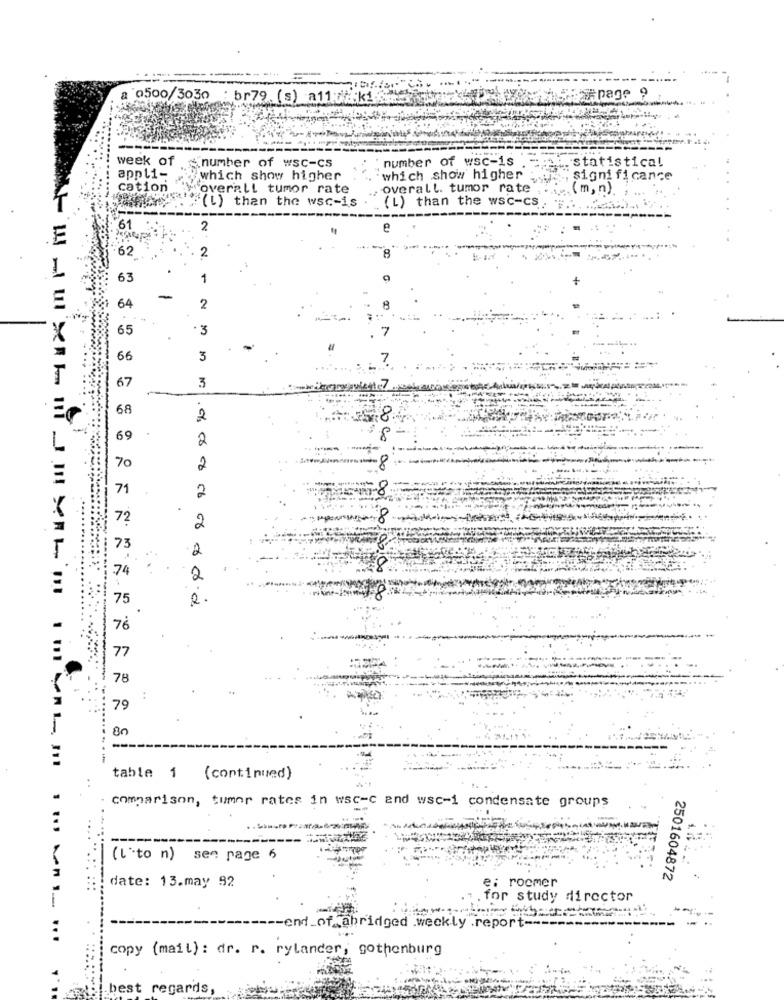
0500/3030
: br79. (s) a11 dick1.
week of
number of wsc-is
statistical
number of wsc-cs
appli-
which show higher
which show higher
significance
cation
overall tumor rate
overall. tumor rate
( m, n)
(L) than the wsc-is
(L) than the wsc-cs
61
2
E
62
2
63
1
64
2
65
3
66
3
67
3
68
2
69
2
70
2
71
2
72
2
73
2
74
1 00 00.00 001.00/00:00
2
75
76
77
78
:
79
80
-
----
table 1 (continued)
comparison, tumor rates in wsc-c and wsc-1 condensate groups
--
-----
(L'to n) see page 6
date: 13.may 92
2501604872
e: rocmer
for study director
-- end_of_abridged .weekly .report -----
...
copy (mail): dr. r. rylander, gothenburg
axel best regards,